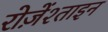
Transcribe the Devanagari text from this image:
रोज़ेंश्ताइन